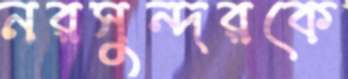
নরসুন্দরকে